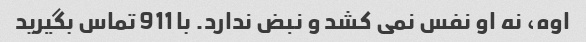
اوه، نه او نفس نمی کشد و نبض ندارد. با 911 تماس بگیرید